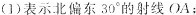
(1)表示北偏东30^ { \circ }的射线OA；